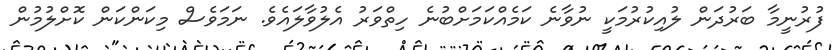
ފުރުނީމާ ބަރުދަން ލުއިކުރުމަކީ ނުވާނެ ކަމެއްކަމަށްބުނެ ހިތްވަރު އެލުވާލައެވެ. ނަމަވެސް މިކަންކަން ކޮށްލުމުން